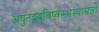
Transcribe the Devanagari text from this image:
अयुतद्वयविष्कम्भस्यासन्नो